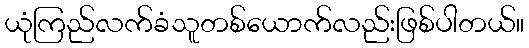
ယုံကြည်လက်ခံသူတစ်ယောက်လည်းဖြစ်ပါတယ်။